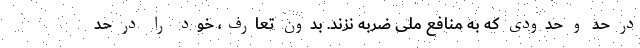
در حد و حدودی که به منافع ملی ضربه نزند. بدون تعارف، خود را در حد